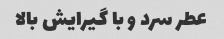
عطر سرد و با گیرایش بالا